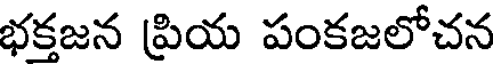
భకజన ప్రియ పంకజలోచన